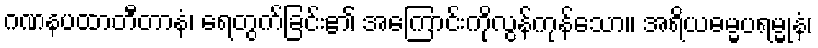
ဂဏနပထာတီတာနံ၊ ရေတွက်ခြင်း၏ အကြောင်းကိုလွန်ကုန်သော။ အရိယဓမ္မပရမ္မုနံ၊